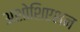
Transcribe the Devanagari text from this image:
अशोशिएशन